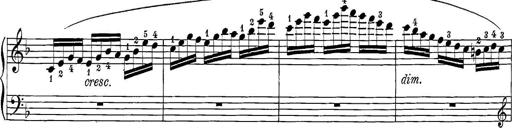
Title: 12 Sonatine per Pianoforte
Composer: Friedrich Kuhlau